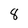
Character: 8